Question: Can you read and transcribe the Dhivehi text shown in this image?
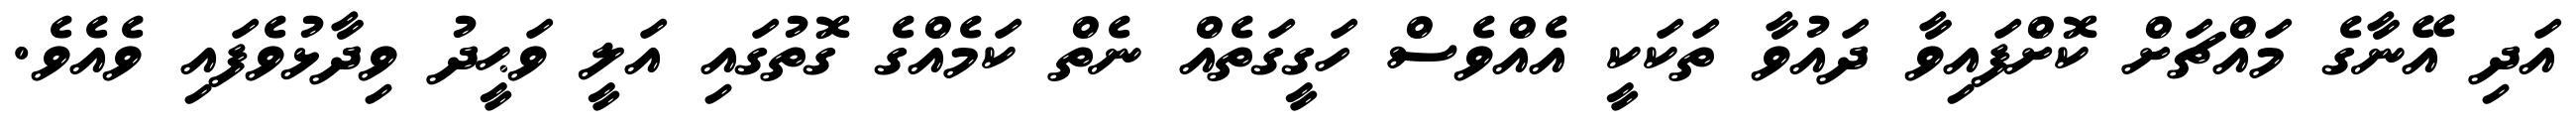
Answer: އަދި އޭނާގެ މައްޗަށް ކޮށްފައިވާ ދައުވާ ތަކަކީ އެއްވެސް ހަގީގަތެއް ނެތް ކަމެއްގެ ގޮތުގައި އަލީ ވަޙީދު ވިދާޅުވެފައި ވެއެވެ.